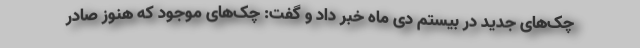
چک‌های جدید در بیستم دی ماه خبر داد و گفت: چک‌های موجود که هنوز صادر